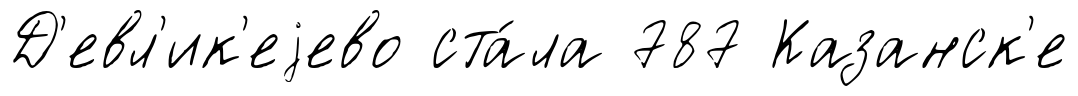
Д'евл'ик'еjево ста́ла 787 Казанск'е